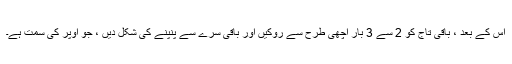
اس کے بعد ، باقی تاج کو 2 سے 3 بار اچھی طرح سے روکیں اور باقی سرے سے پنپنے کی شکل دیں ، جو اوپر کی سمت ہے۔